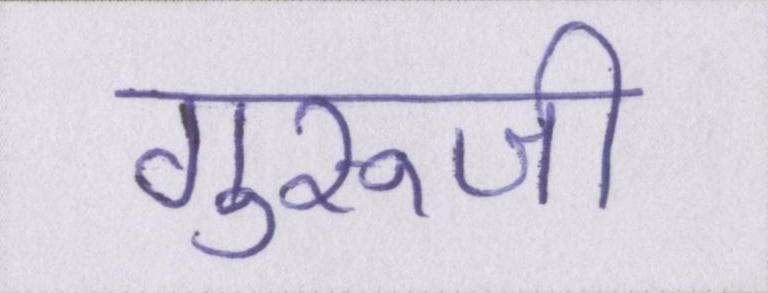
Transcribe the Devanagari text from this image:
गुरूजी